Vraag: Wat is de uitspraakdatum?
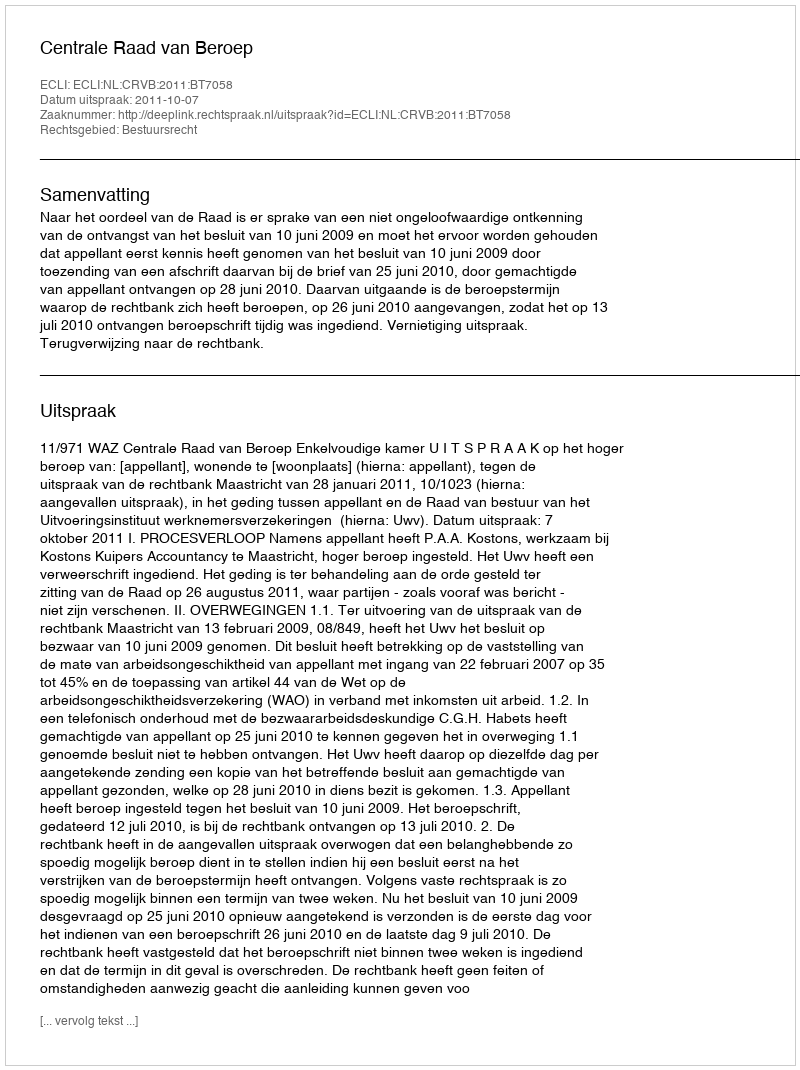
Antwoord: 2011-10-07